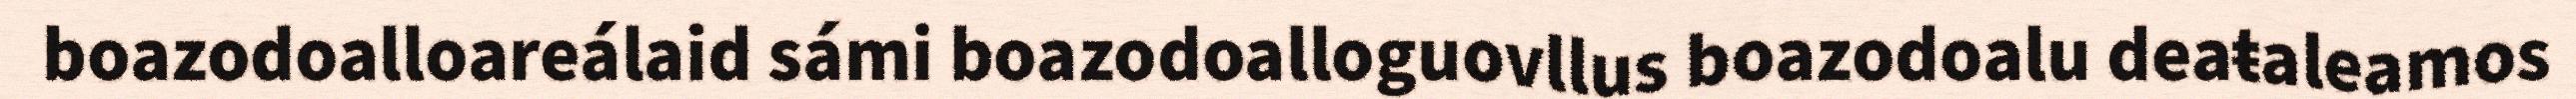
boazodoalloareálaid sámi boazodoalloguovllus boazodoalu deaŧaleamos